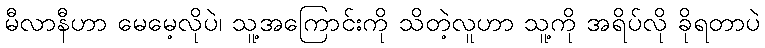
မီလာနီဟာ မေမေ့လိုပဲ၊ သူ့အကြောင်းကို သိတဲ့လူဟာ သူ့ကို အရိပ်လို ခိုရတာပဲ